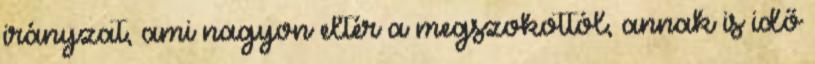
irányzat, ami nagyon eltér a megszokottól, annak is idő